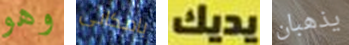
وهو بامكانى يديك يذهبان